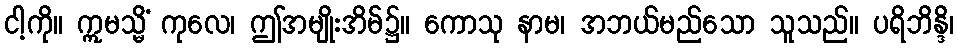
ငါ့ကို။ ဣမသ္မိံ ကုလေ၊ ဤအမျိုးအိမ်၌။ ကောသု နာမ၊ အဘယ်မည်သော သူသည်။ ပရိဘိန္ဒိ၊